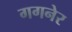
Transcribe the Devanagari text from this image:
गगनेर